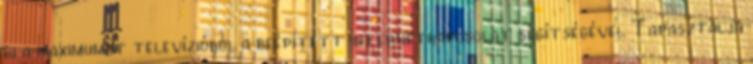
ki a maximumot televízióból a beépített internetkapcsolat segítségével Tapasztalja